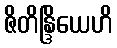
ဇိတိန္ဒြိယေဟိ